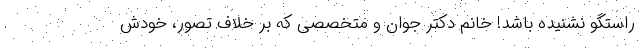
راستگو نشنیده باشد! خانم دکتر جوان و متخصصی که بر خلاف تصور، خودش